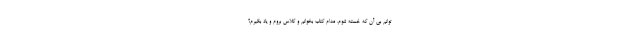
توانم بی آن که خسته شوم، مدام کتاب بخوانم و کلاس بروم و یاد بگیرم؟